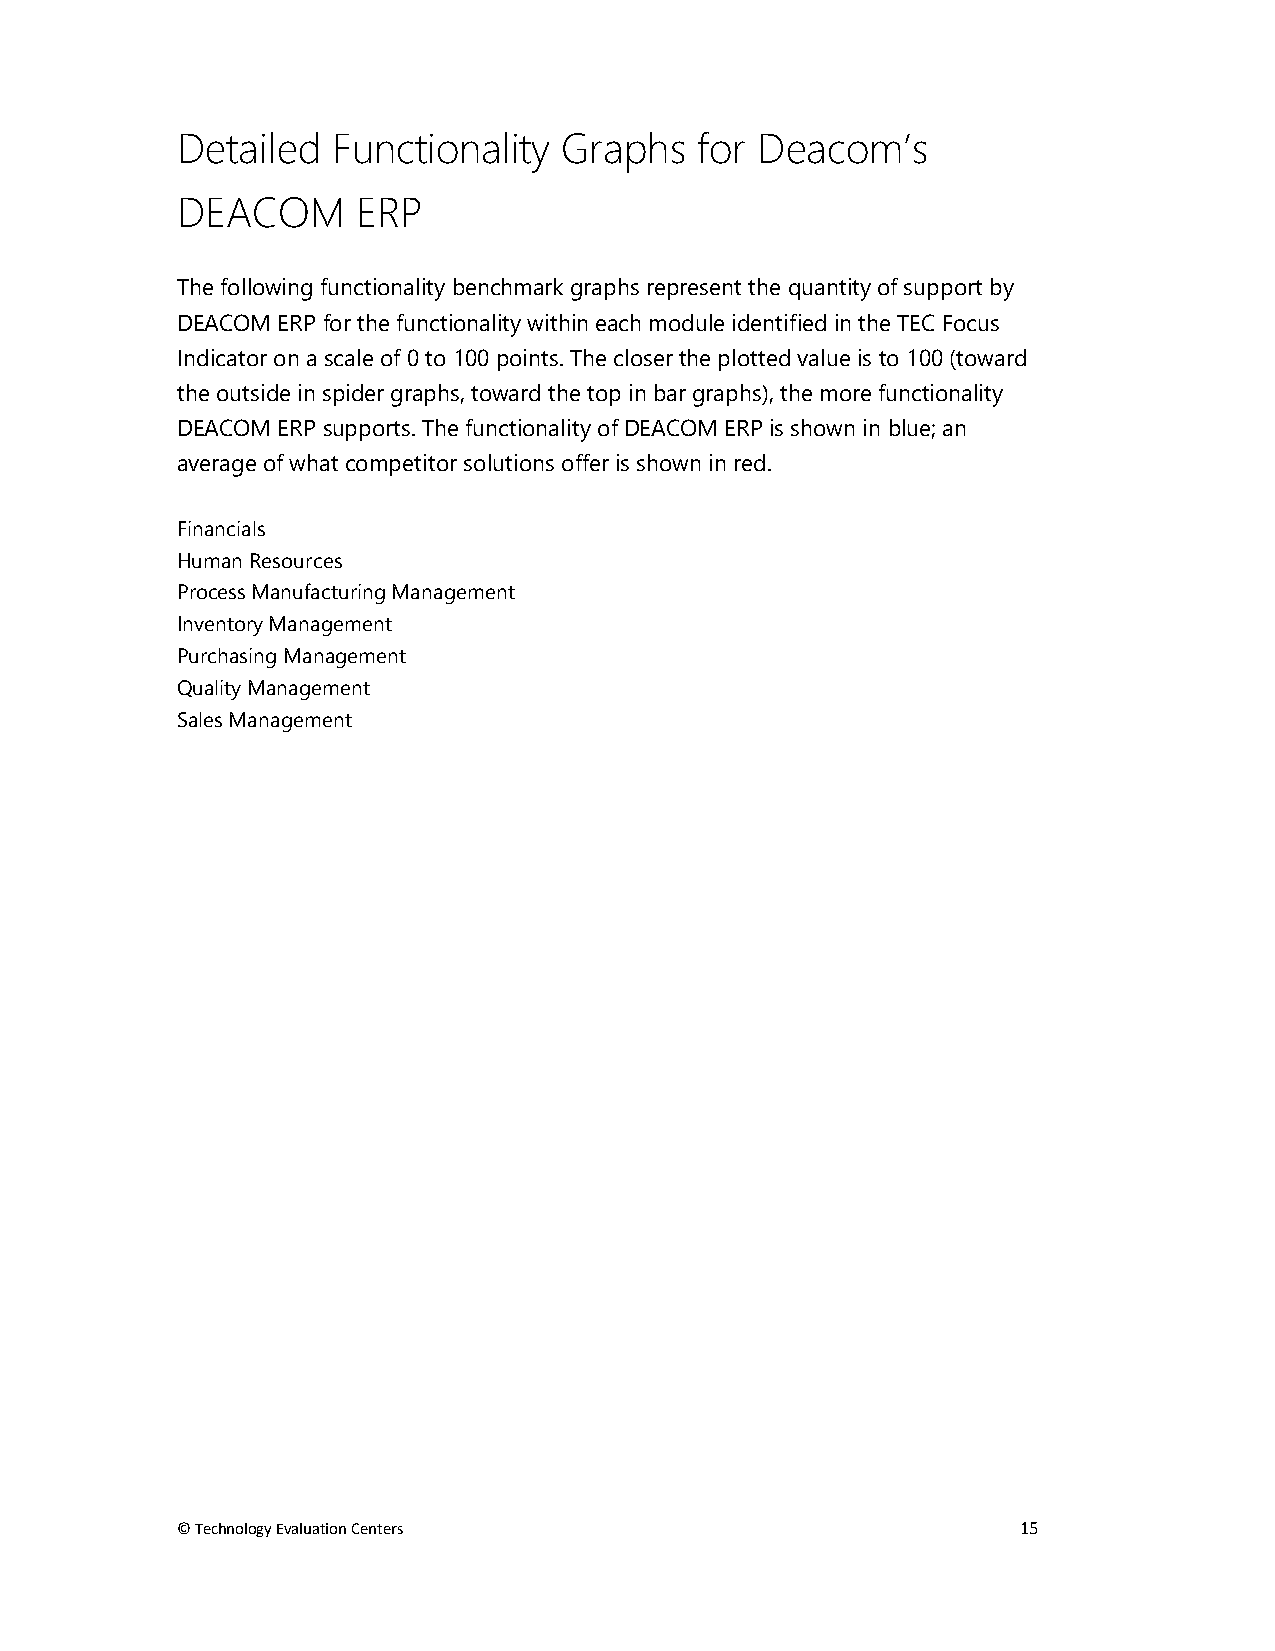
Detailed  Functionality  Graphs   for Deacom’s
 DEACOM      ERP
 The following functionality benchmark graphs represent the quantity of support by
 DEACOM ERP for the functionality within each module identified in the TEC Focus
 Indicator on a scale of 0 to 100 points. The closer the plotted value is to 100 (toward
 the outside in spider graphs, toward the top in bar graphs), the more functionality
 DEACOM ERP supports. The functionality of DEACOM ERP is shown in blue; an
 average of what competitor solutions offer is shown in red.
 Financials
 Human Resources
 Process Manufacturing Management
 Inventory Management
 Purchasing Management
 Quality Management
 Sales Management
 © Technology Evaluation Centers                         15